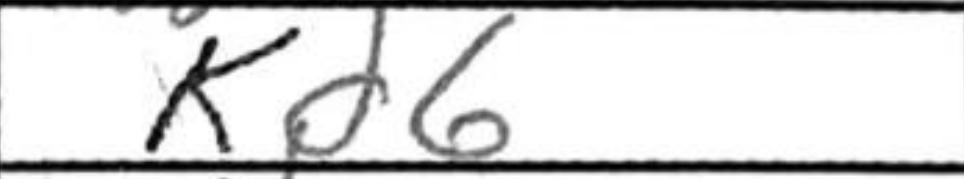
Transcription: Kd6